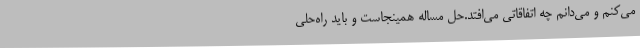
می‌کنم و می‌دانم چه اتفاقاتی می‌افتد.حل مساله همینجاست و باید راه‌حلی